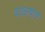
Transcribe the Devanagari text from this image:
पंचकषाय